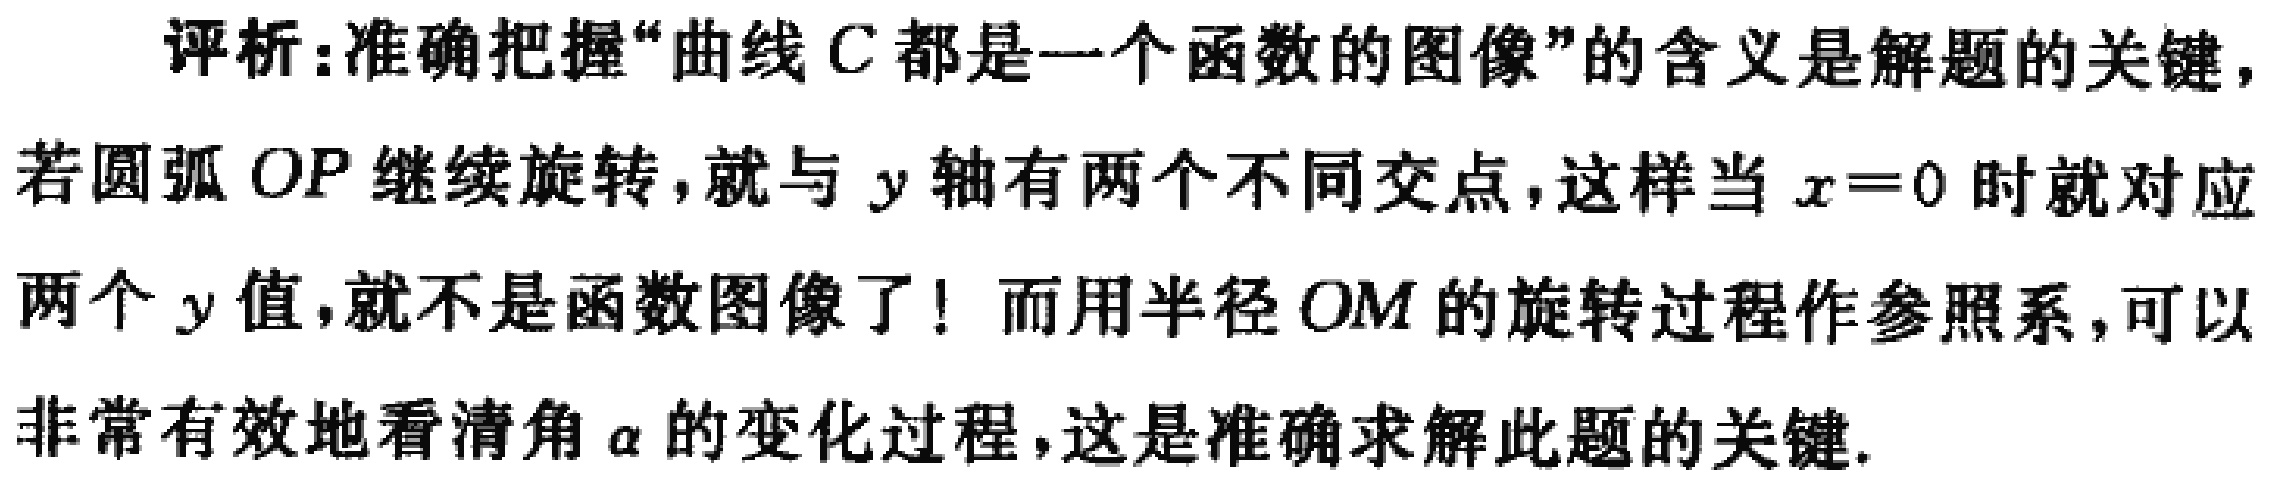
评析:准确把握“曲线\(C\)都是一个函数的图像”的含义是解题的关键，若圆弧\(OP\)继续旋转，就与\(y\)轴有两个不同交点，这样当\(x = 0\)时就对应两个\(y\)值，就不是函数图像了！而用半径\(OM\)的旋转过程作参照系，可以非常有效地看清角\(\alpha\)的变化过程，这是准确求解此题的关键.